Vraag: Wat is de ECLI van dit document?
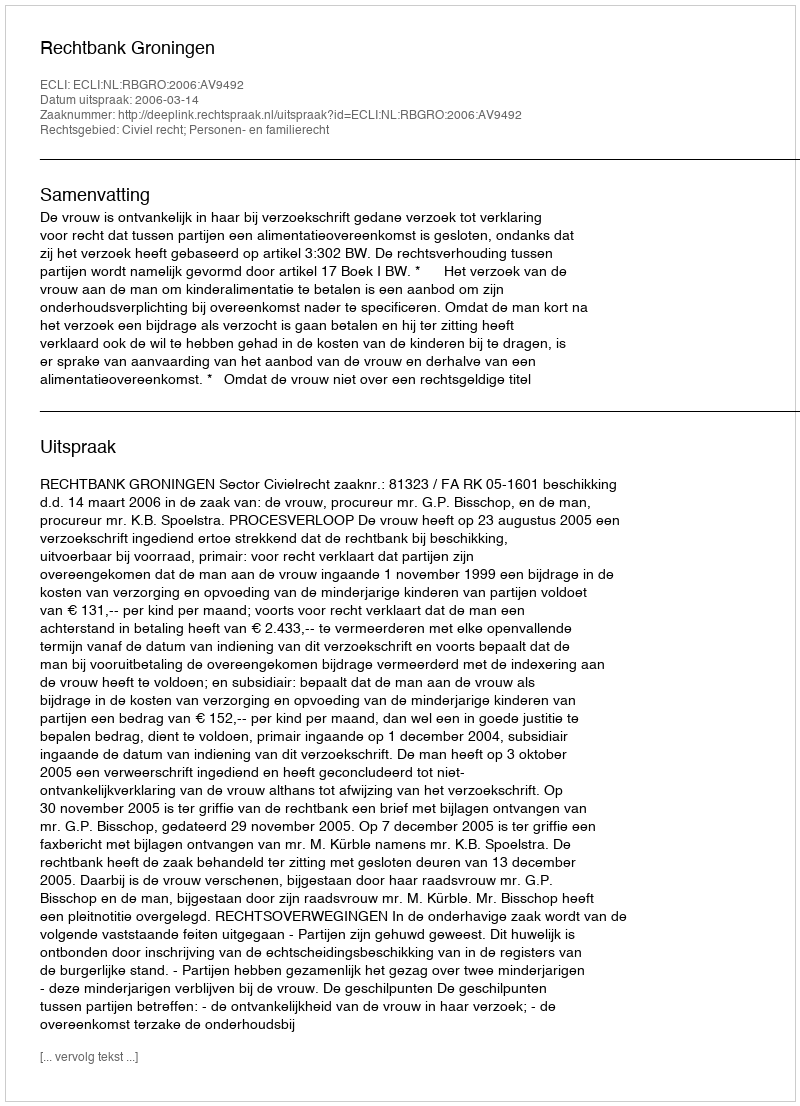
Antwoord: ECLI:NL:RBGRO:2006:AV9492